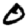
Digit: 0